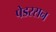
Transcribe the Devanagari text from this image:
पेडरसन